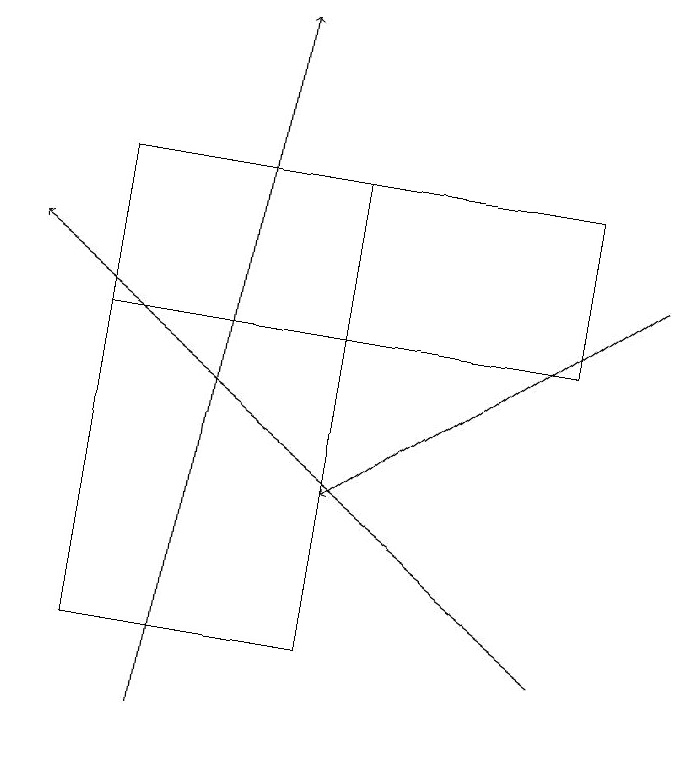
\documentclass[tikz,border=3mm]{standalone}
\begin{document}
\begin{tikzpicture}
\draw[->] (7,11) -- (0,16);
\draw (1,15) rectangle (7,17);
\draw[->] (8,16) -- (4,13);
\draw (4,11) rectangle (1,17);
\draw[->] (2,10) -- (3,19);
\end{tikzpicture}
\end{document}